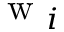
\mathrm { ~ w ~ } _ { i }